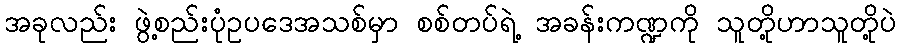
အခုလည်း ဖွဲ့စည်းပုံဥပဒေအသစ်မှာ စစ်တပ်ရဲ့ အခန်းကဏ္ဍကို သူတို့ဟာသူတို့ပဲ